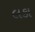
લકા